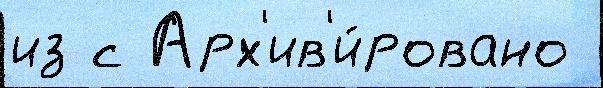
из с Арх'ив'и́ровано